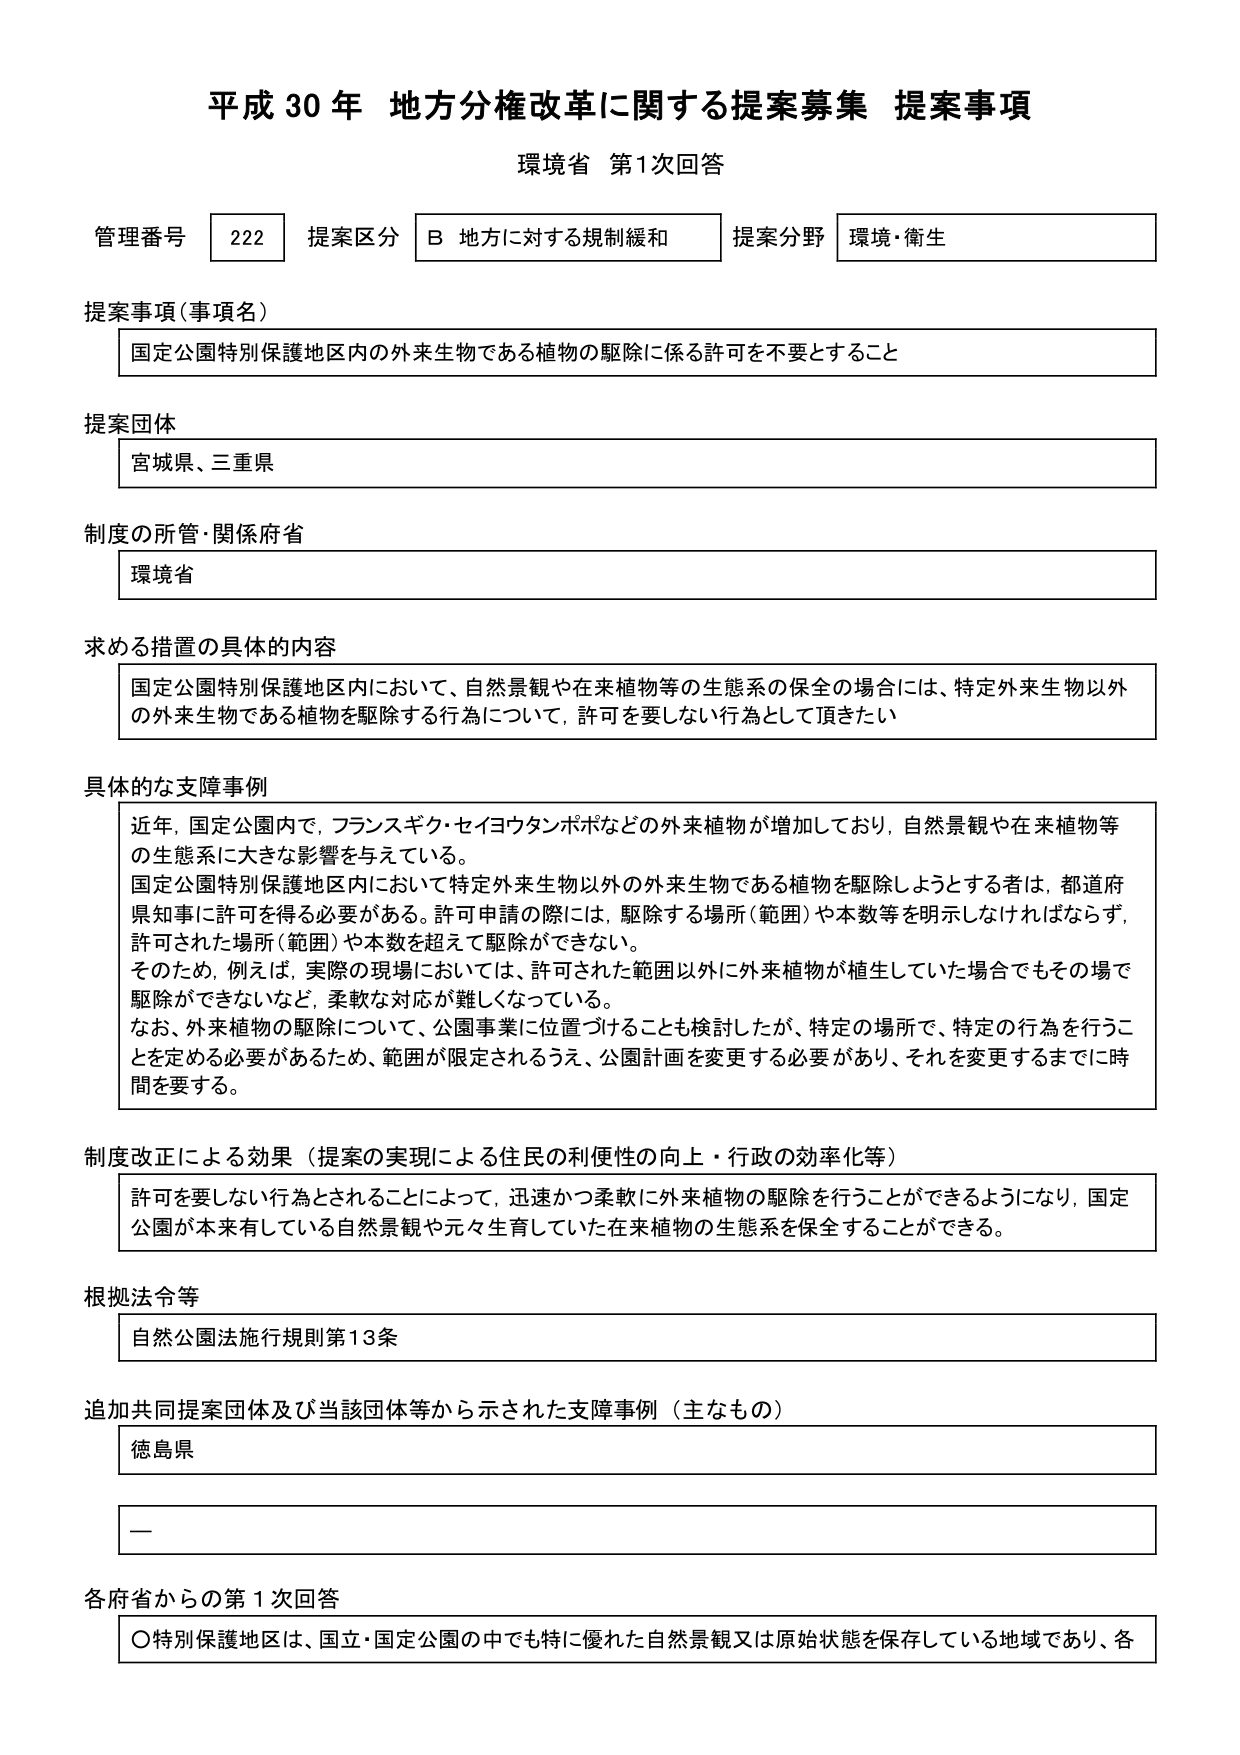
平成30年 地方分権改革に関する提案募集 提案事項
環境省 第1次回答

管理番号 222 提案区分 B 地方に対する規制緩和 提案分野 環境・衛生

提案事項（事項名）
国定公園特別保護地区内の外来生物である植物の駆除に係る許可を不要とすること

提案団体
宮城県、三重県

制度の所管・関係府省
環境省

求める措置の具体的内容
国定公園特別保護地区内において、自然景観や在来植物等の生態系の保全の場合には、特定外来生物以外の外来生物である植物を駆除する行為について、許可を要しない行為として頂きたい

具体的な支障事例
近年、国定公園内で、フランスギク・セイヨウタンポポなどの外来植物が増加しており、自然景観や在来植物等の生態系に大きな影響を与えている。
国定公園特別保護地区内において特定外来生物以外の外来生物である植物を駆除しようとする者は、都道府県知事に許可を得る必要がある。許可申請の際には、駆除する場所（範囲）や本数等を明示しなければならず、許可された場所（範囲）や本数を超えて駆除ができない。
そのため、例えば、実際の現場においては、許可された範囲以外に外来植物が植生していた場合でもその場で駆除ができないなど、柔軟な対応が難しくなっている。
なお、外来植物の駆除について、公園事業に位置づけることも検討したが、特定の場所で、特定の行為を行うことを定める必要があるため、範囲が限定されるうえ、公園計画を変更する必要があり、それを変更するまでに時間を要する。

制度改正による効果（提案の実現による住民の利便性の向上・行政の効率化等）
許可を要しない行為とされることによって、迅速かつ柔軟に外来植物の駆除を行うことができるようになり、国定公園が本来有している自然景観や元々生育していた在来植物の生態系を保全することができる。

根拠法令等
自然公園法施行規則第13条

追加共同提案団体及び当該団体等から示された支障事例（主なもの）
徳島県
—

各府省からの第1次回答
〇特別保護地区は、国立・国定公園の中でも特に優れた自然景観又は原始状態を保存している地域であり、各